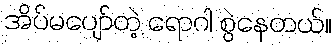
အိပ်မပျော်တဲ့ ရောဂါ စွဲနေတယ်။